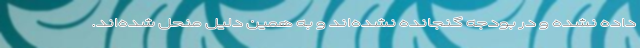
داده نشده و در بودجه گنجانده نشده‌اند و به همین دلیل منحل شده‌اند.